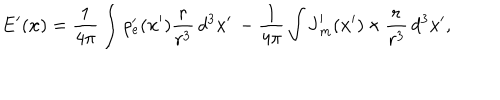
\mathbf { E } ^ { \prime } ( \mathbf { x } ) = \frac { 1 } { 4 \pi } \int \rho _ { e } ^ { \prime } ( \mathbf { x } ^ { \prime } ) \frac { \mathbf { r } } { r ^ { 3 } } \, d ^ { 3 } x ^ { \prime } \, - \frac { 1 } { 4 \pi } \int \mathbf { J } _ { m } ^ { \prime } ( \mathbf { x } ^ { \prime } ) \, { \bf \times } \, \frac { \mathbf { r } } { r ^ { 3 } } \, d ^ { 3 } x ^ { \prime } ,